Lunatic asylums Punjab 1881-1894 - 1881-1894
Year: 1881
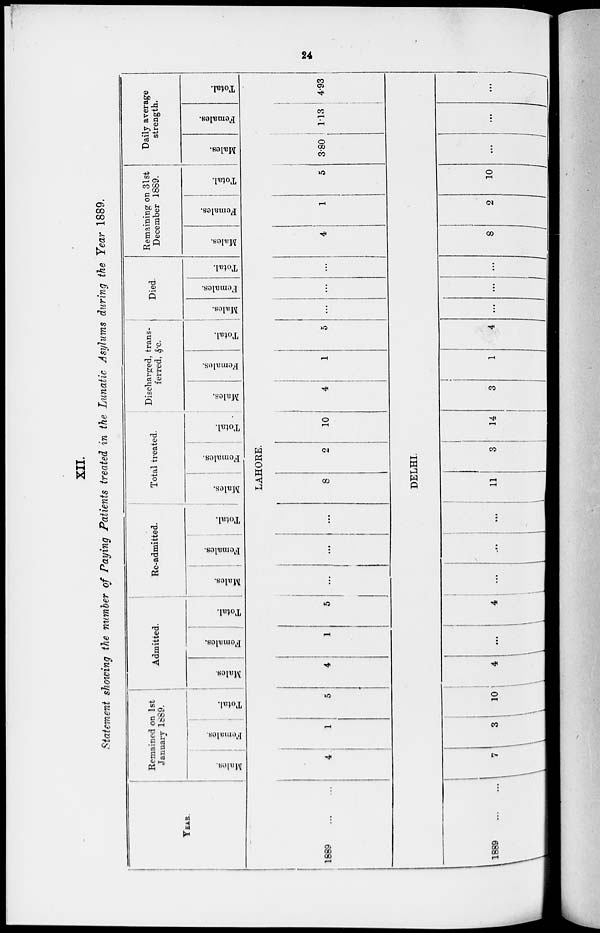
24
XII.
Statement showing the number of Paying Patients treated in the Lunatic Asylums during the Year 1889.
YEAR.
1889
...
...
1889 ... ...
Remained on 1st
January 1889.
Males.
Females.
Total.
Admitted.
Males.
Females.
Total.
Re-admitted.
Males.
Females.
Total.
Total treated.
Males.
Females.
Total.
Discharged, trans-
ferred, &c.
Males.
Females.
Total.
Died.
Males.
Females.
Total.
Remaining on 31st
December 1889.
Males.
Females.
Total.
Daily average
strength.
Males.
Females.
Total.
LAHORE.
4
1
5
4
1
5
...
...
...
8
2
10
4
1
5 ...
...
...
4
1
5 3.80
1.13
4.93
DELHI.
7
3
10
4
...
4
...
...
...
11
3
14
3
1
4
...
...
...
8
2
10
...
...
...